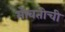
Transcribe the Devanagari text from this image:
भोवतीची